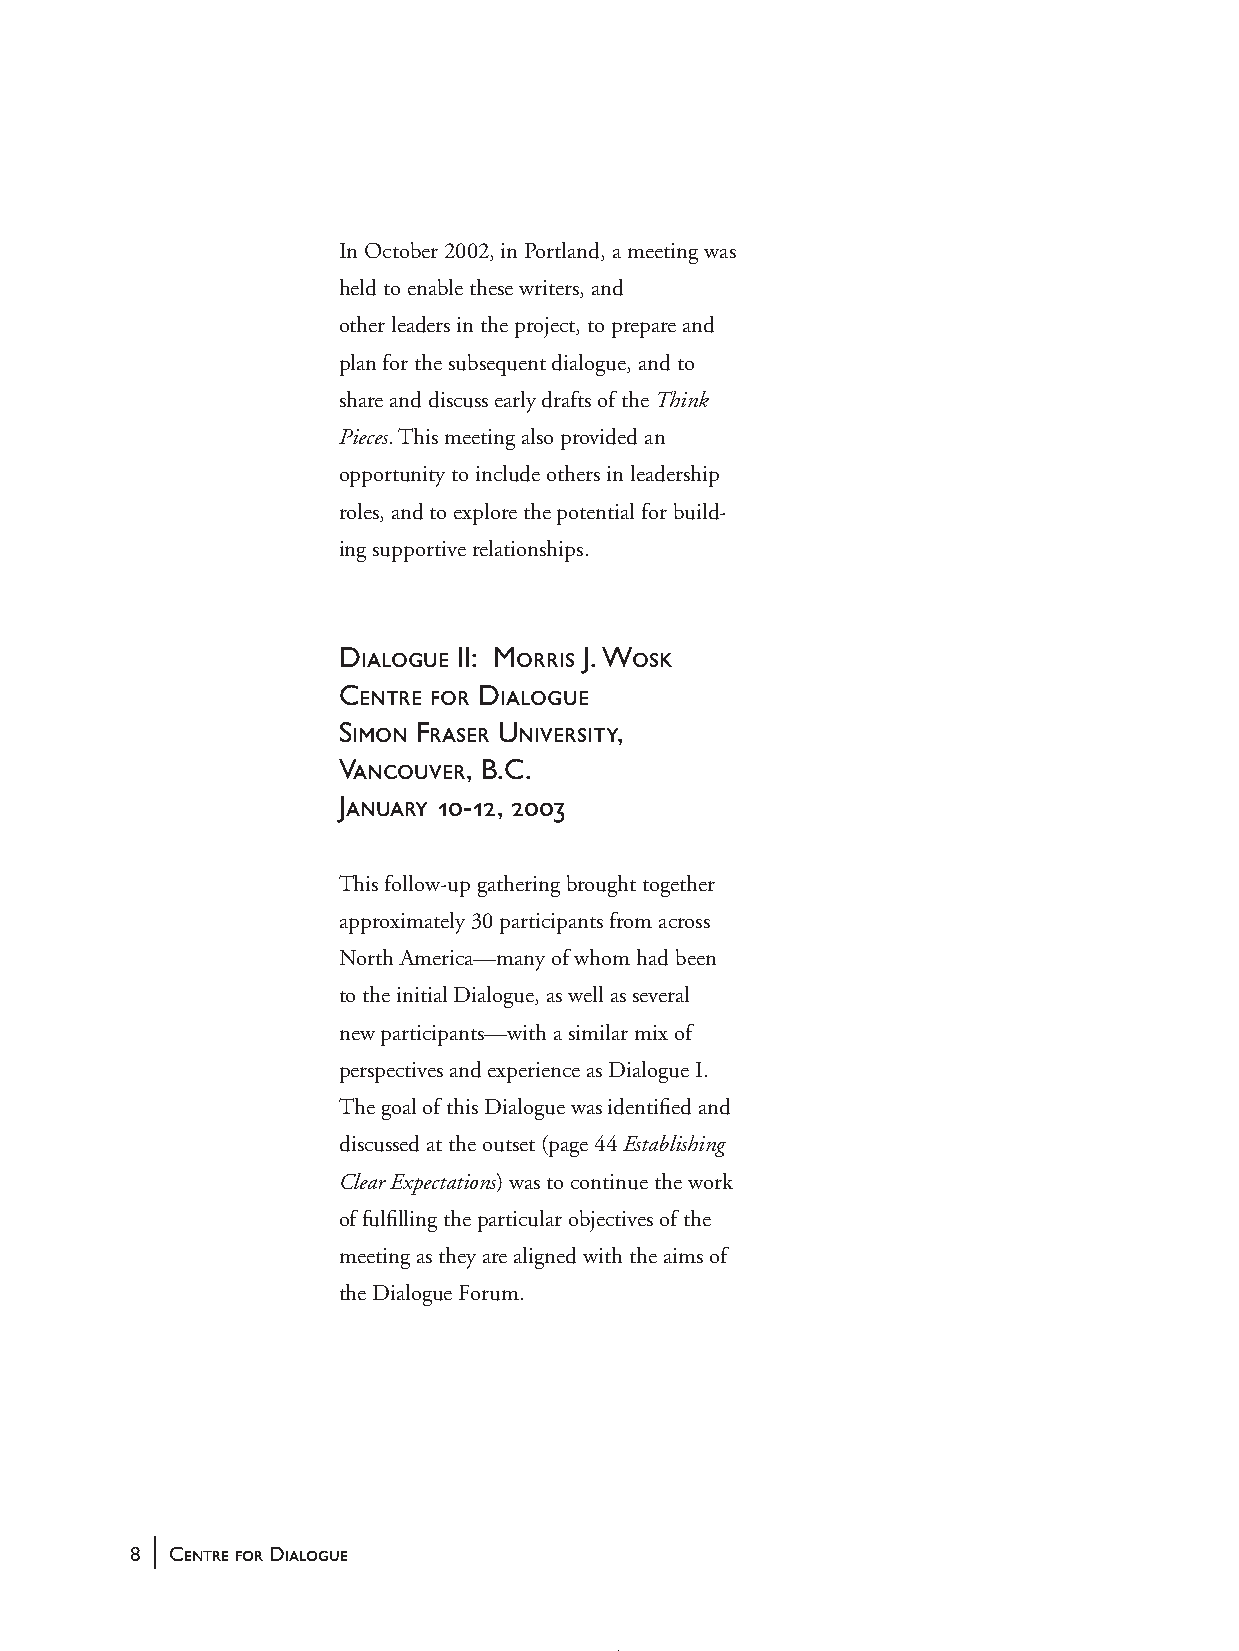
In October 2002, in Portland, a meeting was
 held to enable these writers, and
 other leaders in the project, to prepare and
 plan for the subsequent dialogue, and to
 share and discuss early drafts of the Think
 Pieces. This meeting also provided an
 opportunity to include others in leadership
 roles, and to explore the potential for build-
 ing supportive relationships.
 Dialogue II: Morris J. Wosk
 Centre for Dialogue
 Simon Fraser University,
 Vancouver, B.C.
 January 10-12, 2003
 This follow-up gathering brought together
 approximately 30 participants from across
 North America—many of whom had been
 to the initial Dialogue, as well as several
 new participants—with a similar mix of
 perspectives and experience as Dialogue I.
 The goal of this Dialogue was identified and
 discussed at the outset (page 44 Establishing
 Clear Expectations) was to continue the work
 of fulfilling the particular objectives of the
 meeting as they are aligned with the aims of
 the Dialogue Forum.
 |
 8 Centre for Dialogue
 handbook_web         8                              5/30/04, 4:37 PM